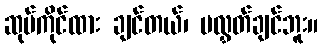
ဆုပ်ကိုင်ထား ချင်တယ်၊ မလွှတ်ချင်ဘူး။